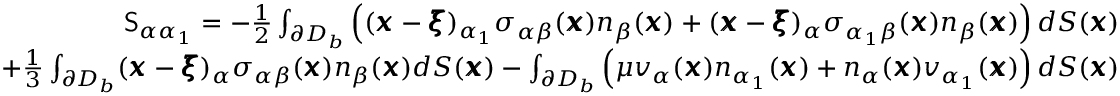
\begin{array} { r l r } & { } & { \mathsf { S } _ { \alpha \alpha _ { 1 } } = - \frac { 1 } { 2 } \int _ { \partial D _ { b } } \left( ( { \pmb x } - { \pmb \xi } ) _ { \alpha _ { 1 } } \sigma _ { \alpha \beta } ( { \pmb x } ) n _ { \beta } ( { \pmb x } ) + ( { \pmb x } - { \pmb \xi } ) _ { \alpha } \sigma _ { \alpha _ { 1 } \beta } ( { \pmb x } ) n _ { \beta } ( { \pmb x } ) \right) d S ( { \pmb x } ) } \\ & { } & { + \frac { 1 } { 3 } \int _ { \partial D _ { b } } ( { \pmb x } - { \pmb \xi } ) _ { \alpha } \sigma _ { \alpha \beta } ( { \pmb x } ) n _ { \beta } ( { \pmb x } ) d S ( { \pmb x } ) - \int _ { \partial D _ { b } } \left( \mu v _ { \alpha } ( { \pmb x } ) n _ { \alpha _ { 1 } } ( { \pmb x } ) + n _ { \alpha } ( { \pmb x } ) v _ { \alpha _ { 1 } } ( { \pmb x } ) \right) d S ( { \pmb x } ) } \end{array}